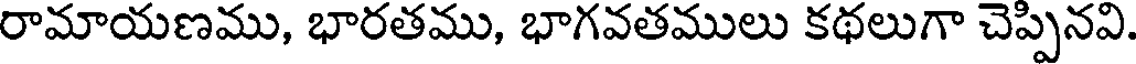
రామాయణము, భారతము, భాగవతములు కథలుగా చెప్పినవి